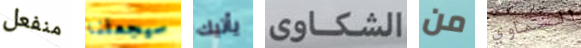
منفعل سيجعلنا يأتيك الشكاوي من السماوي